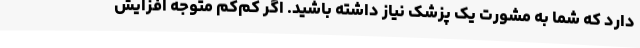
دارد که شما به مشورت یک پزشک نیاز داشته باشید. اگر کم‌کم متوجه افزایش